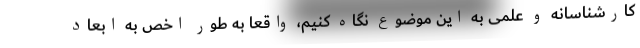
کارشناسانه و علمی به این موضوع نگاه کنیم، واقعاً به طور اخص به ابعاد